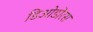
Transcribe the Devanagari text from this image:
डिओडोरस